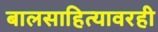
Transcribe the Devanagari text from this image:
बालसाहित्यावरही